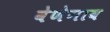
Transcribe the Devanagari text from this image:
वेणेगाव